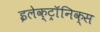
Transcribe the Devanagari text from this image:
इलेक्ट्राॅनिक्स